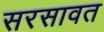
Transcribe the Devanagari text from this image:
सरसावत